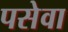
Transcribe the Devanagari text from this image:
पसेवा